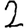
Digit: 2